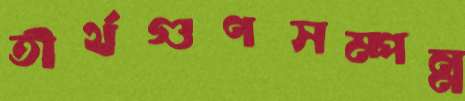
তীর্থগুণসম্পন্ন